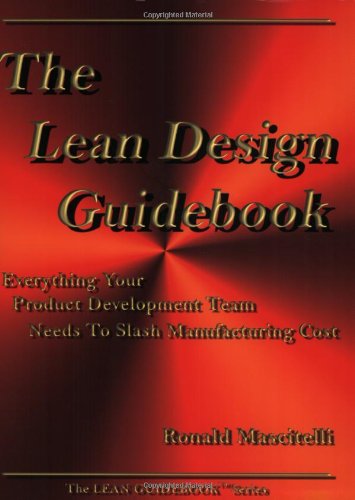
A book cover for The Lean Design Guidebook: Everything Your Product Development Team Needs to Slash Manufacturing Cost (The Lean Guidebook Series); Ronald Mascitelli; Business & Money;